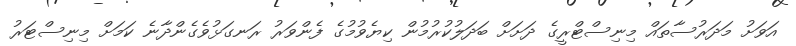
އަވަށު މަދަރުސާތައް މިނިސްޓްރީގެ ދަށަށް ބަދަލުކުރުމުން ކިޔެވުމުގެ ފެންވަރު ރަނގަޅުވެގެންދާނެ ކަމަށް މިނިސްޓަރު